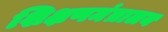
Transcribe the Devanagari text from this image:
शिक्षणमंत्रालय